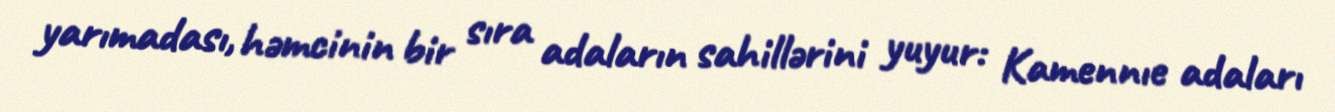
yarımadası, həmcinin bir sıra adaların sahillərini yuyur: Kamennıe adaları